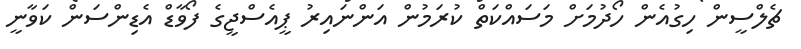
ޗެލްސީން ހިގުއެން ހޯދުމަށް މަސައްކަތް ކުރަމުން އަންނައިރު ޕީއެސްޖީގެ ފޯވާޑް އެޑިންސަން ކަވާނީ